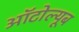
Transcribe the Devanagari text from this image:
ऑटोल्यूब